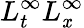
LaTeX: L_{t}^{\infty}L_{\mathit{x}}^{\infty}